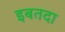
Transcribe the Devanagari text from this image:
इबतदा